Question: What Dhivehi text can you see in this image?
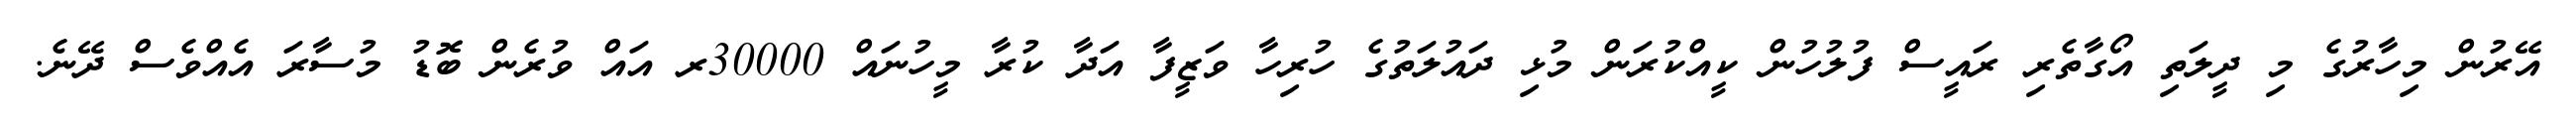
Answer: އޭރުން މިހާރުގެ މި ދީލަތި އޯގާތެރި ރައީސް ފުލުހުން ކީއްކުރަން މުޅި ދައުލަތުގެ ހުރިހާ ވަޒީފާ އަދާ ކުރާ މީހުނައް 30000ރ އައް ވުރެން ބޮޑު މުސާރަ އެއްވެސް ދޭނެ.